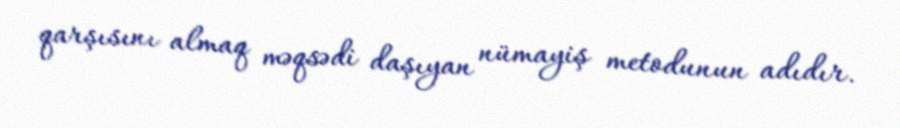
qarşısını almaq məqsədi daşıyan nümayiş metodunun adıdır.